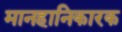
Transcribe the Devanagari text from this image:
मानहानिकारक